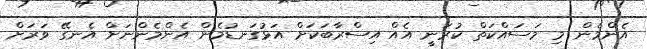
އެންމެން މި މަސައްކަތް ކުރަނީ އެއް އިސްރާބަކަށް އަޅުގަނޑުމެން އެންމެންނަށް އެނގޭ ވަރަށް